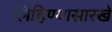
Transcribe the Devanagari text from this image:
लिहिण्यासारखे